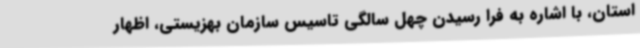
استان، با اشاره به فرا رسیدن چهل سالگی تاسیس سازمان بهزیستی، اظهار